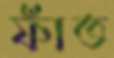
ফাঁত